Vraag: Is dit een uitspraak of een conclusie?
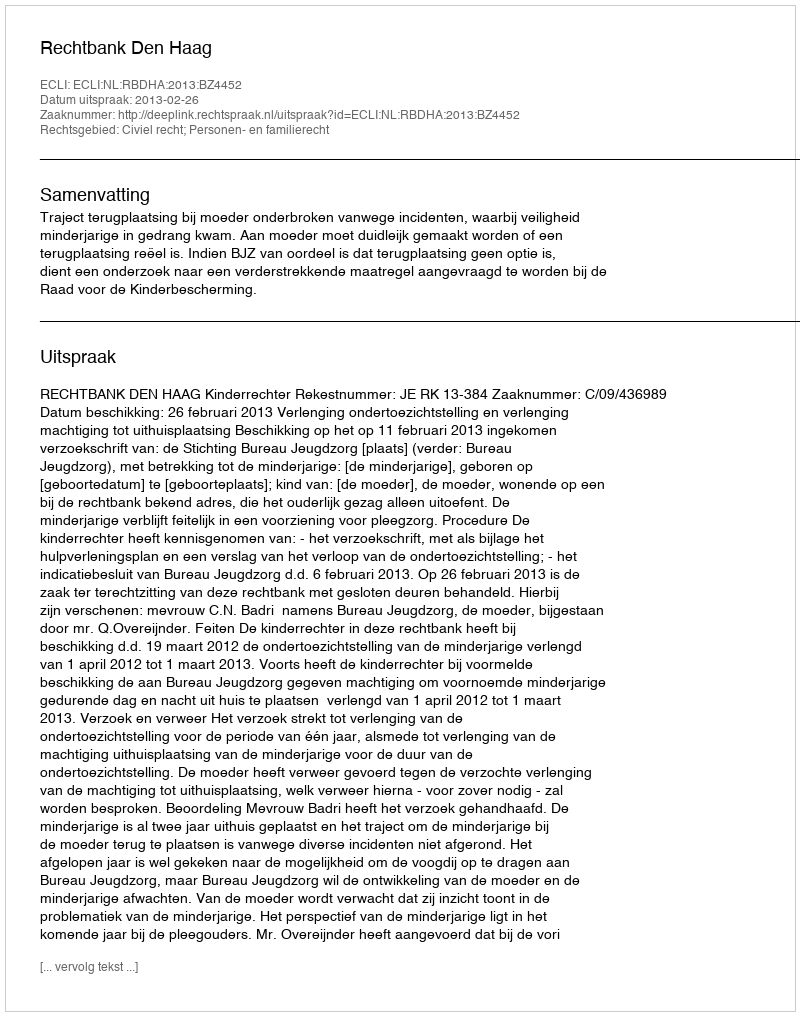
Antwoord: Uitspraak